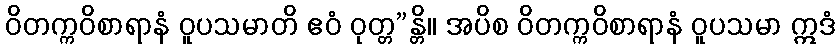
ဝိတက္ကဝိစာရာနံ ဝူပသမာတိ ဧဝံ ဝုတ္တ”န္တိ။ အပိစ ဝိတက္ကဝိစာရာနံ ဝူပသမာ ဣဒံ